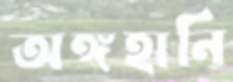
অঙ্গহানি